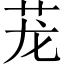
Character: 茏